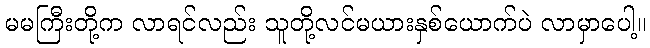
မမကြီးတို့က လာရင်လည်း သူတို့လင်မယားနှစ်ယောက်ပဲ လာမှာပေါ့။